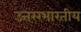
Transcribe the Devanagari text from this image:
उत्तररभारतीय